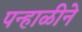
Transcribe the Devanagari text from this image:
पन्हाळीने